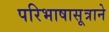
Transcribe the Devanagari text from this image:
परिभाषासूत्राने